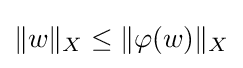
\|w\|_{X}\leq \|\varphi (w)\|_{X}